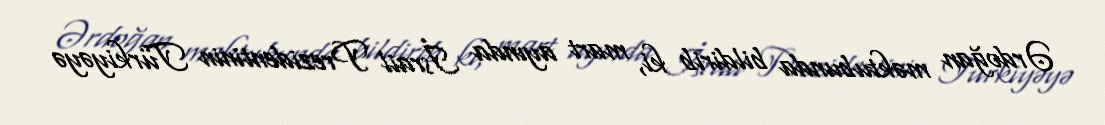
Ərdoğan məktubunda bildirib ki, mart ayında İsrail Prezidentinin Türkiyəyə